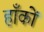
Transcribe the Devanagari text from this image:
हाँकों